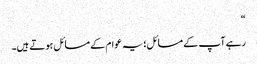
“
رہے آپ کے مسائل؛یہ عوام کے مسائل ہوتے ہیں۔